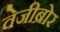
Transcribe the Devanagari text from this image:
वेजीब्रोर